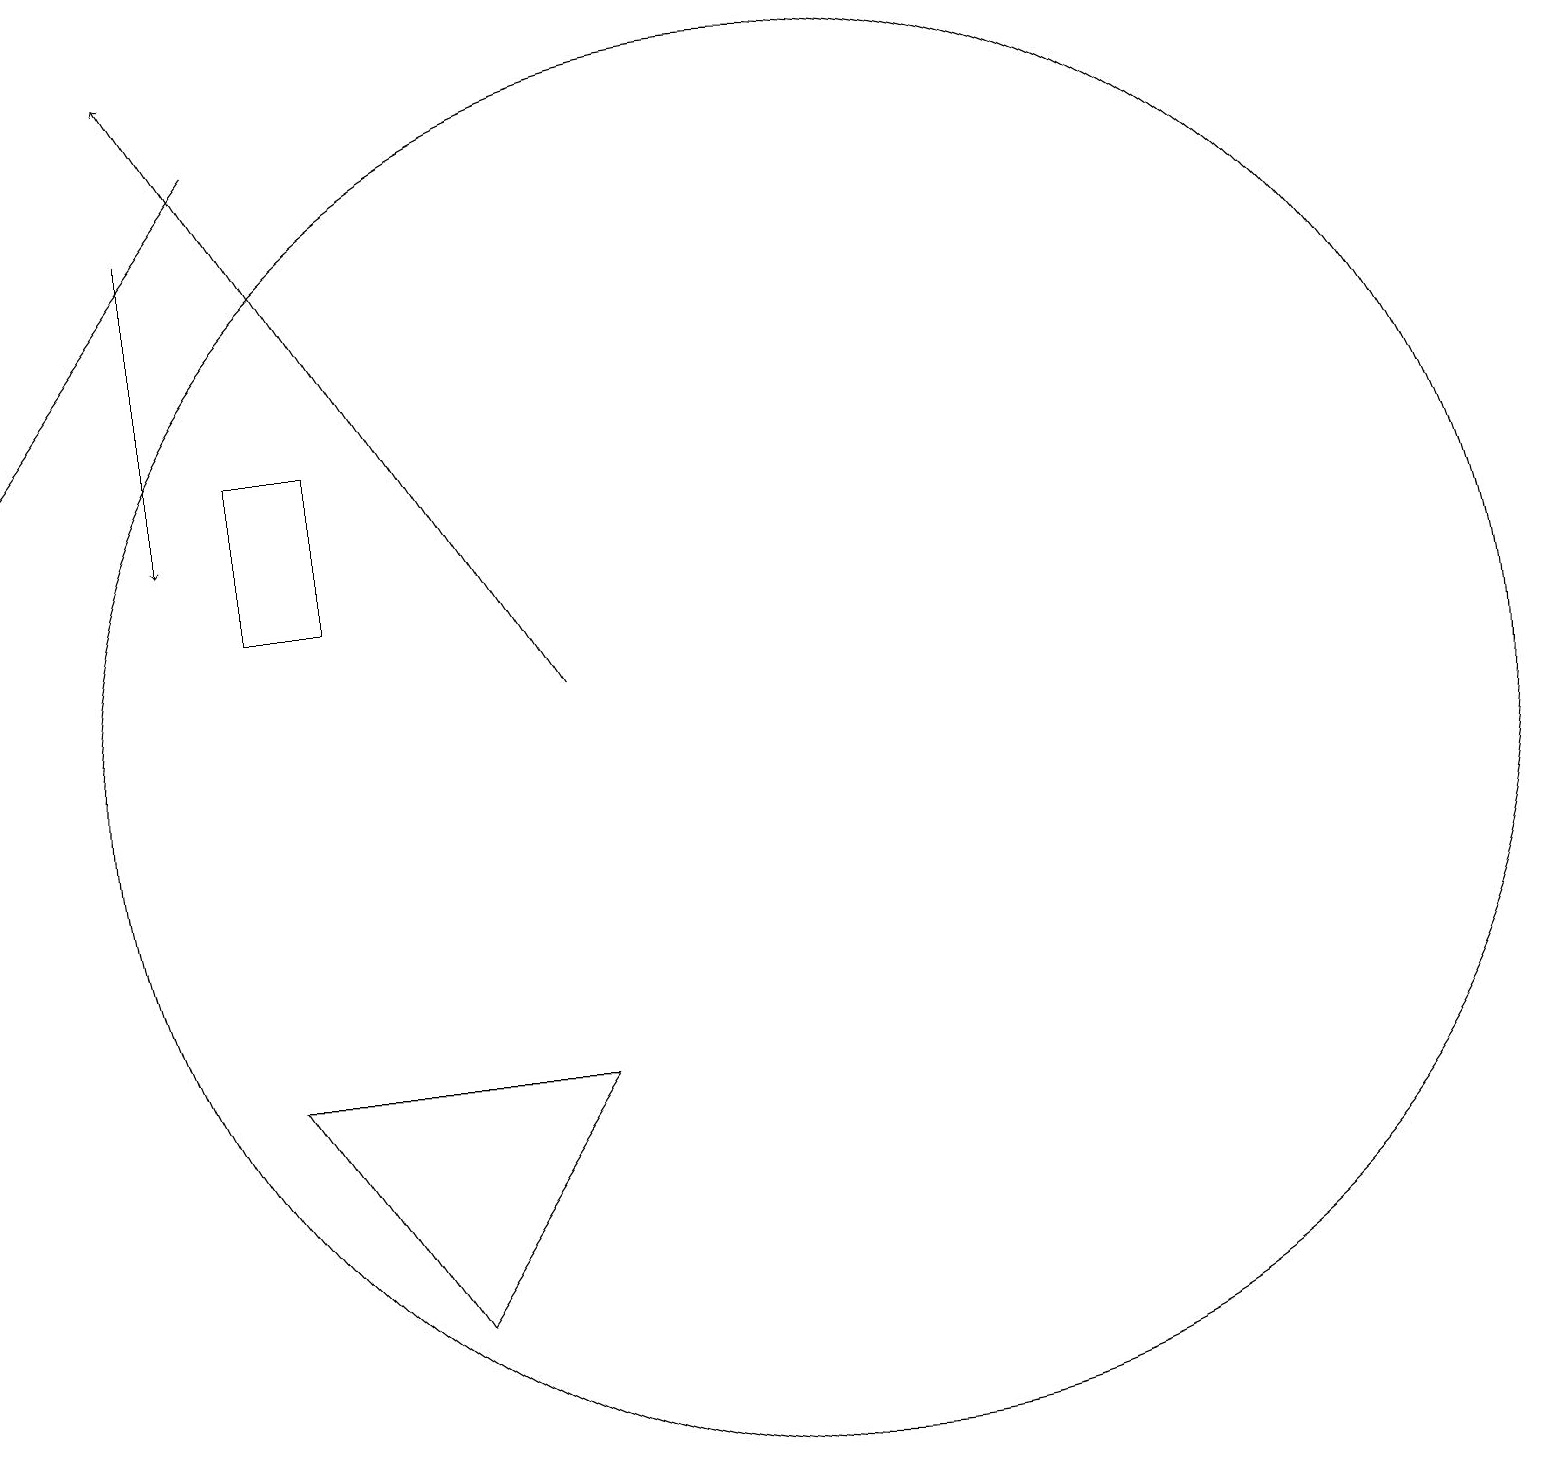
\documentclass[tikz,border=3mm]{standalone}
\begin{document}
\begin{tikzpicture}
\draw (8,6) -- (6,3) -- (4,6) -- cycle;
\draw (4,14) rectangle (5,12);
\draw[->] (3,17) -- (3,13);
\draw[->] (4,18) -- (1,14);
\draw[->] (8,11) -- (3,19);
\draw (11,10) circle (9);
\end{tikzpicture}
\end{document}